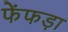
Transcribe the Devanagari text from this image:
फेंफड़ा